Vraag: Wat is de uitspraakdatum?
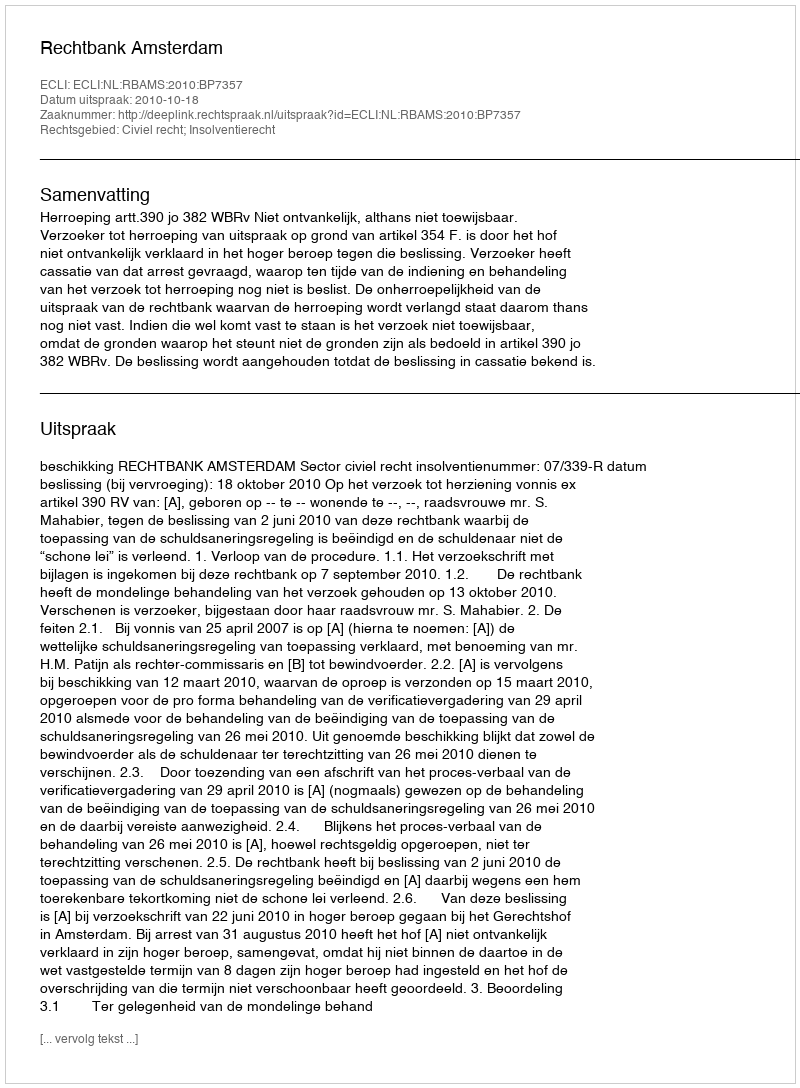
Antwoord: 2010-10-18